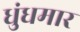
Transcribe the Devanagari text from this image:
धुंधमार